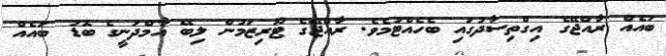
ބައެއް ރާއްޖޭގެ އިގްތިސާދުގައި ބެހެއްޓުމެވެ. ރާއްޖޭގެ ޓޫރިޒަމުން ލިބޭ އާމްދަނީގެ ބޮޑު ބައެއް